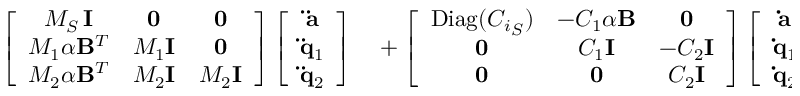
\begin{array} { r l } { \left[ \begin{array} { c c c } { M _ { S } \, { \bf I } } & { { \bf 0 } } & { { \bf 0 } } \\ { M _ { 1 } \alpha { \bf B } ^ { T } } & { M _ { 1 } { \bf I } } & { { \bf 0 } } \\ { M _ { 2 } \alpha { \bf B } ^ { T } } & { M _ { 2 } { \bf I } } & { M _ { 2 } { \bf I } } \end{array} \right] \left[ \begin{array} { c } { { \bf \ddot { a } } } \\ { { \bf \ddot { q } } _ { 1 } } \\ { { \bf \ddot { q } } _ { 2 } } \end{array} \right] } & { { } + \left[ \begin{array} { c c c } { \mathrm { D i a g } ( { C _ { i } } _ { S } ) } & { - C _ { 1 } \alpha { \bf B } } & { { \bf 0 } } \\ { { \bf 0 } } & { C _ { 1 } { \bf I } } & { - C _ { 2 } { \bf I } } \\ { { \bf 0 } } & { { \bf 0 } } & { C _ { 2 } { \bf I } } \end{array} \right] \left[ \begin{array} { c } { { \bf \dot { a } } } \\ { { \bf \dot { q } } _ { 1 } } \\ { { \bf \dot { q } } _ { 2 } } \end{array} \right] } \end{array}